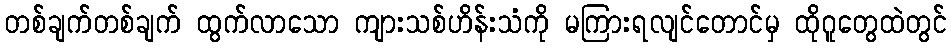
တစ်ချက်တစ်ချက် ထွက်လာသော ကျားသစ်ဟိန်းသံကို မကြားရလျင်တောင်မှ ထိုဂူတွေထဲတွင်